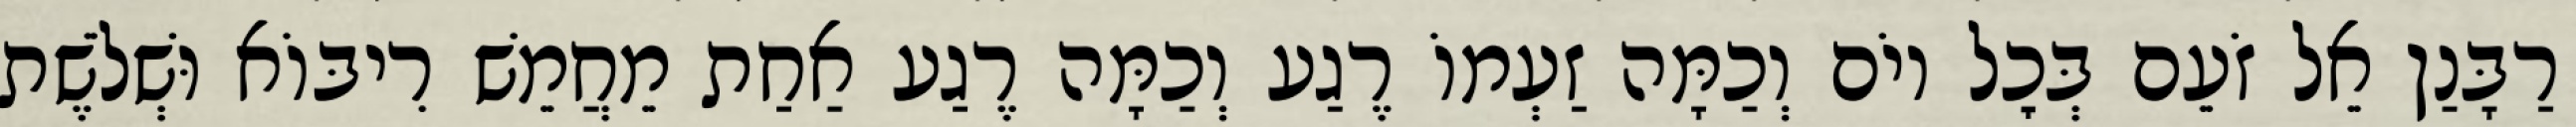
רַבָּנַן אֵל זֹעֵם בְּכׇל יוֹם וְכַמָּה זַעְמוֹ רֶגַע וְכַמָּה רֶגַע אַחַת מֵחֲמֵשׁ רִיבּוֹא וּשְׁלֹשֶׁת